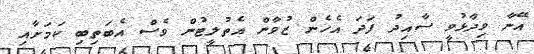
އޭނާ ވިދާޅުވީ ސާއިދު ފަދަ އެހެން ޒުވާން އެތުލީޓުން ވެސް އެބަތިބި ކަމަށާއި